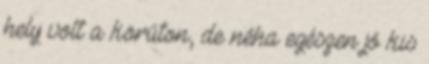
hely volt a körúton, de néha egészen jó kis